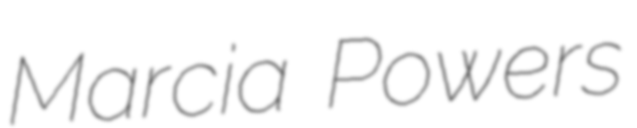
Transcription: Marcia Powers